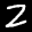
Label: 2